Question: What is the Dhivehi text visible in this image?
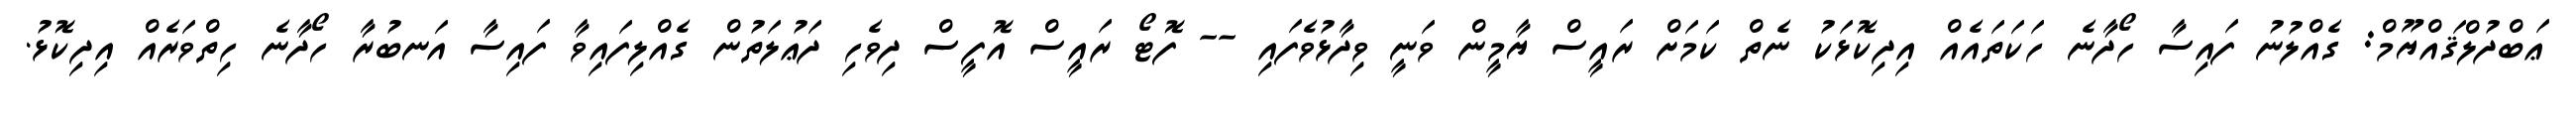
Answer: ޢަބްދުލްޤައްޔޫމް: ގެއްލުނު ފައިސާ ހޯދާނެ ހަކަތައެއް އިދިކޮޅަކު ނެތް ކަމަށް ރައީސް ޔާމީން ވަނީ ވިދާޅުވެފައި -- ފޮޓޯ ރައީސް އޮފީސް ދިވެހި ދަޢުލަތުން ގެއްލިފައިވާ ފައިސާ އަނބުރާ ހޯދާނެ ހިތްވަރެއް އިދިކޮޅު.